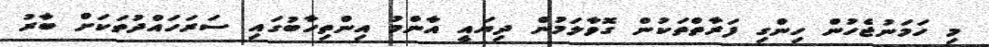
މި ހަމަނުޖެހުން ހިންގި ފަރާތްތަކުން ގޮވާލަމުން ދިޔައީ އާންމު އިންތިހާބުގައި ސަރަހައްދުތަކަށް ބާރު